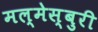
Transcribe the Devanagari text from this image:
मल्मेस्बुरी